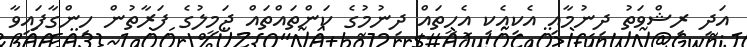
އަދި ރިޝްވަތު ދިނުމާއި އެކިއެކި އެހީތައް ދިނުމުގެ ކަންތައްތައް ޖަމީލުގެ ފަރާތުން ހިންގާފައިވާ